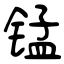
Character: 锰